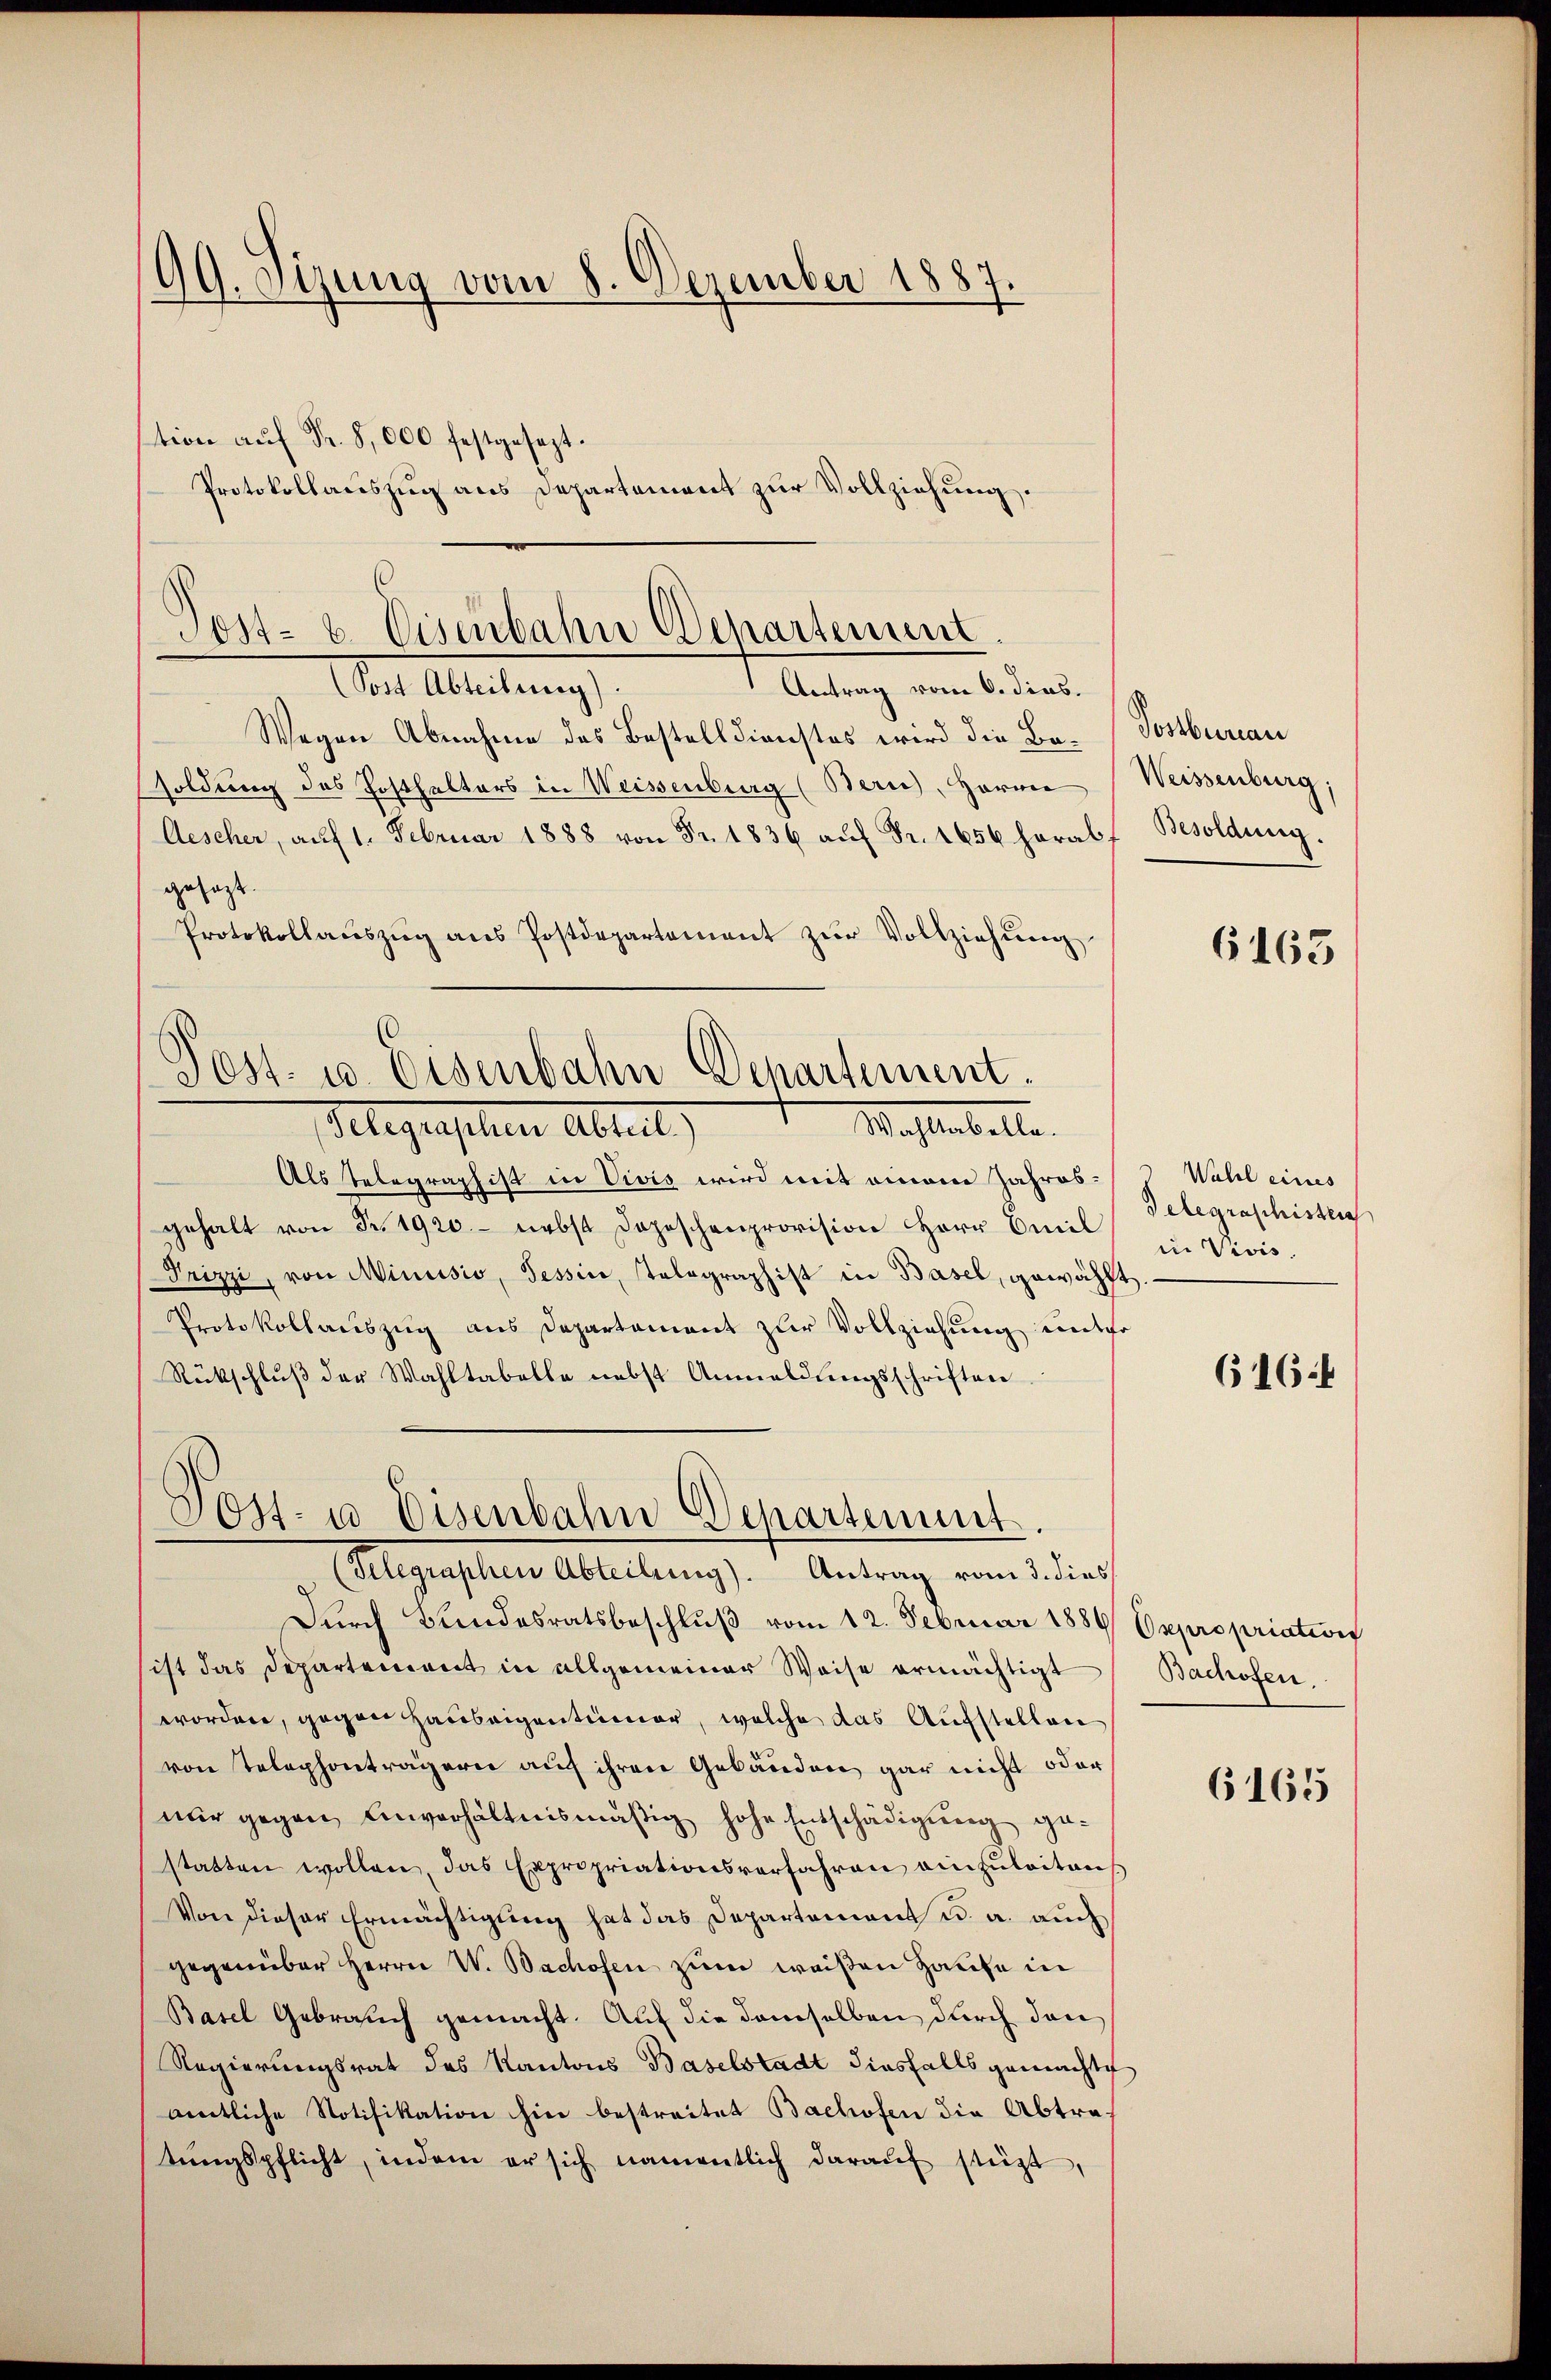
Wegen Abnahme des Bestelldienstes wird die Bo- Postbureau
soldung des Posthalters in Weisenburg (Bern, Herrn
Aescher, aŭf 1. Februar 1888 von Fr. 1836 aŭf Fr. 1656 herabf Besoldung.
gesagt.
Protokollaŭszŭg aŭs Postdepartement zŭr Vollziehŭng

99. Sizung vom 8. Dezember 1887.
tion aŭf Fr. 8,000 festgesezt.
Protokollauszug aus Departement zur Vollziehung.

Post- u. Eisenbahn Departement.
Den Ablehnung
Antrag vom 6. dies.

Post- u. Eisenbahn Departement.
Alegenschen Abteil
Mahlenbelle.

Post- u Eisenbahn Departement.
(Selegraphen Abteilung). Antrag vom 3. dies

Weissenburg.

Als Telegraphist in Vivis wird mit einem Jahresgehalt von Fr. 1920.- nebst Dopeschenprovision Herr Emil
Prizzi, von Minusio, Tessin, Telegraphist in Basel, gewählt
Protokollauszug aus Departament zur Vollziehung weder
Rückschluß der Wahltabelle nebst Anmeldungsschriften.

Durch Bundesratsbeschluß vom 12. Februar 1886 Oxpropriations
ist das Departement in allgemeiner Weise ermächtigt Bachofen.
worden, gegen Hauseigentümer, welche das Aufstellen
von Telephonträgern auf ihren Gebäuden gar nicht oder
nur gegen einverhältnismäßig hohe Entschädigung ge-
statten wollen, das Expropriationsverfahren einzŭleitans
Von dieser Ermächtigung hat das Departement u. a. auch
gegenüber Herrn W. Bachofen zum weißen Hause in
Basel Gebrauch gemacht. Auf die demselben durch dan
Regierungsrat des Kantons Baselstadt diesfalls gemachte
amtliche Notifikation hin bestreitet Bachofen die Abtratŭngspflicht, indem er sich namentlich daraŭf stüzt,

6163

Wahl eines
Telegraphistlich
in Vivis.

616.

6165